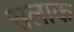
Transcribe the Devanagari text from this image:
सलाक